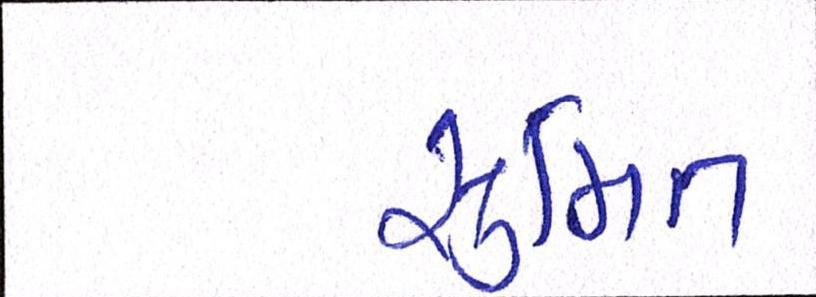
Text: સુમિત